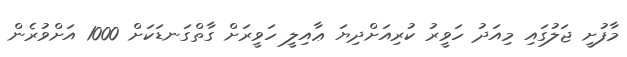
މާފުށީ ޖަލުގައި މިއަދު ހަވީރު ކުރިއަށްދިޔަ ޢާއިލީ ހަވީރަށް ގާތްގަނޑަކަށް 1000 އަށްވުރެން